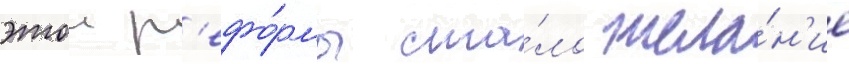
этои р'ефо́рмы ста́ло жела́н'ие